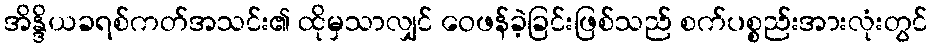
အိန္ဒိယခရစ်ကတ်အသင်း၏ ထိုမှသာလျှင် ဝေဖန်ခဲ့ခြင်းဖြစ်သည် စက်ပစ္စည်းအားလုံးတွင်